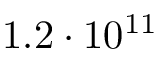
1 . 2 \cdot 1 0 ^ { 1 1 }